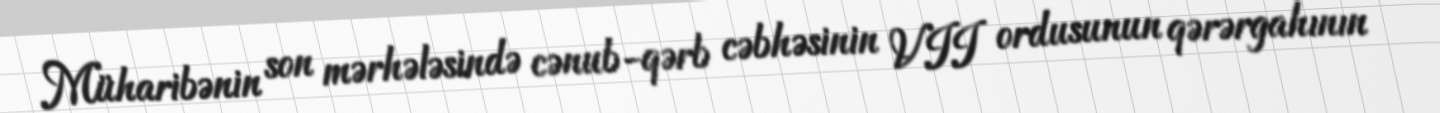
Müharibənin son mərhələsində cənub-qərb cəbhəsinin VII ordusunun qərərgahının